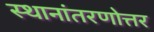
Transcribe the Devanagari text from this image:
स्थानांतरणोत्तर